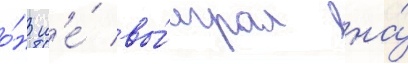
о́н н'е́ вы́играл на́